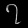
Digit: ၇